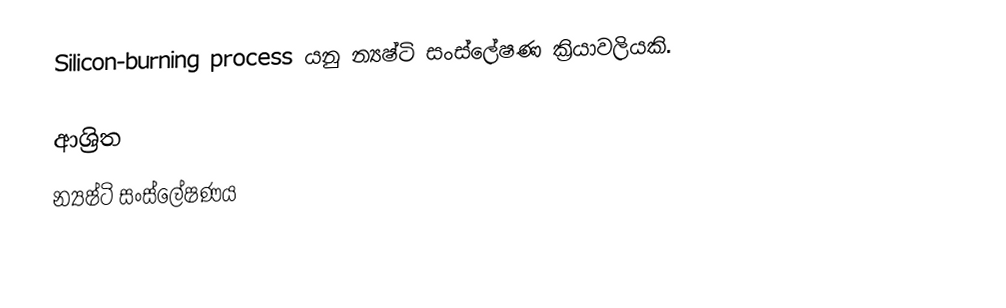
Silicon-burning process යනු න්‍යෂ්ටි සංස්ලේෂණ ක්‍රියාවලියකි.

ආශ්‍රිත
 න්‍යෂ්ටි සංස්ලේෂණය